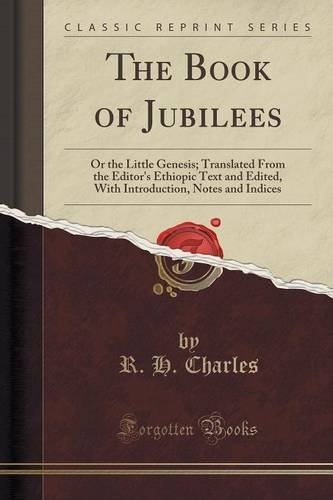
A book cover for The Book of Jubilees: Or the Little Genesis; Translated From the Editor's Ethiopic Text and Edited, With Introduction, Notes and Indices (Classic Reprint); R. H. Charles; Christian Books & Bibles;